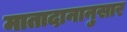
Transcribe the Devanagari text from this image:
मातादानानुसार